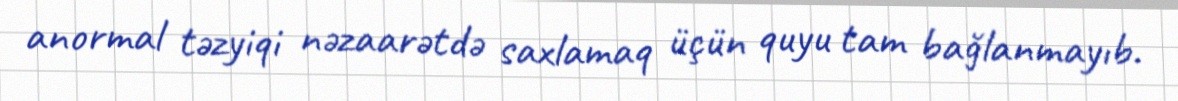
anormal təzyiqi nəzaarətdə saxlamaq üçün quyu tam bağlanmayıb.